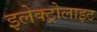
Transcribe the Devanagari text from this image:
इलेक्‍ट्रोलाइट